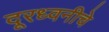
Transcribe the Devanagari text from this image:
दूरध्वनीचे